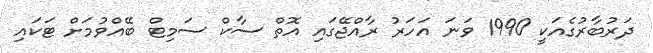
ދަރުބާރުގެއަކީ 1990 ވަނަ އަހަރު ރާއްޖޭގައި އޮތް ސާކް ސަމިޓް ބޭއްވުމަށް ޓަކައި